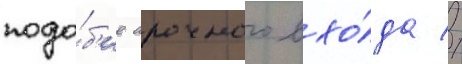
подо́б'ие арочного вхо́да //